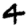
Digit: 4